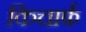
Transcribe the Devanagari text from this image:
किचार्फ